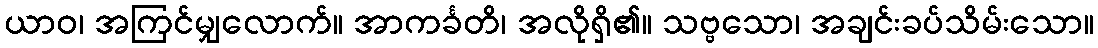
ယာဝ၊ အကြင်မျှလောက်။ အာကင်္ခတိ၊ အလိုရှိ၏။ သဗ္ဗသော၊ အချင်းခပ်သိမ်းသော။